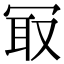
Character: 冣